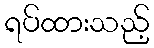
ရပ်ထားသည့်